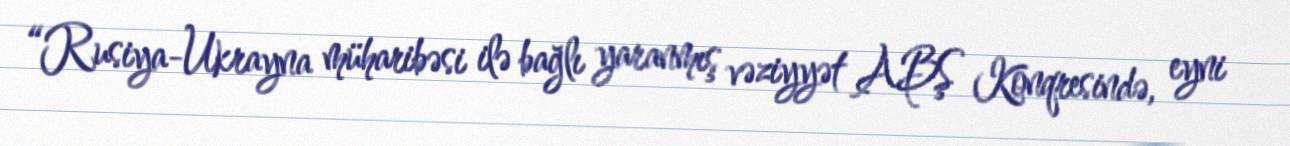
“Rusiya-Ukrayna müharibəsi ilə bağlı yaranmış vəziyyət ABŞ Konqresində, eyni